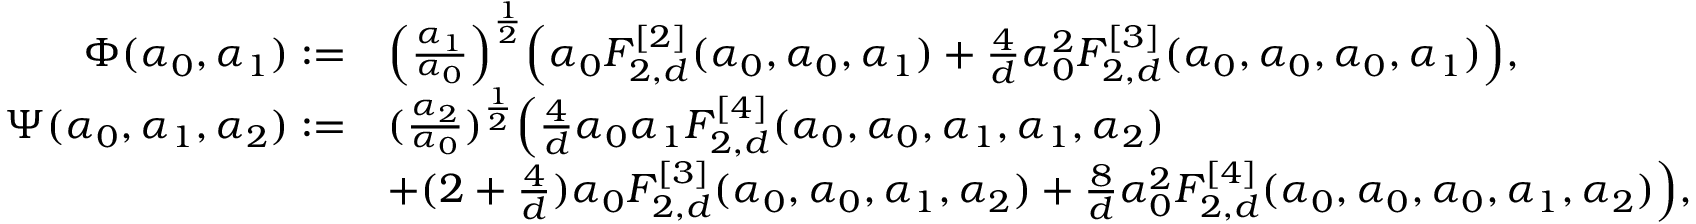
\begin{array} { r l } { \Phi ( \alpha _ { 0 } , \alpha _ { 1 } ) : = } & { \Big ( \frac { \alpha _ { 1 } } { \alpha _ { 0 } } \Big ) ^ { \frac 1 2 } \Big ( \alpha _ { 0 } F _ { 2 , d } ^ { [ 2 ] } ( \alpha _ { 0 } , \alpha _ { 0 } , \alpha _ { 1 } ) + \frac 4 d \alpha _ { 0 } ^ { 2 } F _ { 2 , d } ^ { [ 3 ] } ( \alpha _ { 0 } , \alpha _ { 0 } , \alpha _ { 0 } , \alpha _ { 1 } ) \Big ) , } \\ { \Psi ( \alpha _ { 0 } , \alpha _ { 1 } , \alpha _ { 2 } ) : = } & { ( \frac { \alpha _ { 2 } } { \alpha _ { 0 } } ) ^ { \frac 1 2 } \Big ( \frac 4 d \alpha _ { 0 } \alpha _ { 1 } F _ { 2 , d } ^ { [ 4 ] } ( \alpha _ { 0 } , \alpha _ { 0 } , \alpha _ { 1 } , \alpha _ { 1 } , \alpha _ { 2 } ) } \\ & { + ( 2 + \frac 4 d ) \alpha _ { 0 } F _ { 2 , d } ^ { [ 3 ] } ( \alpha _ { 0 } , \alpha _ { 0 } , \alpha _ { 1 } , \alpha _ { 2 } ) + \frac 8 d \alpha _ { 0 } ^ { 2 } F _ { 2 , d } ^ { [ 4 ] } ( \alpha _ { 0 } , \alpha _ { 0 } , \alpha _ { 0 } , \alpha _ { 1 } , \alpha _ { 2 } ) \Big ) , } \end{array}